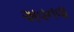
અવનવા